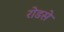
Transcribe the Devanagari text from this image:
रोडसे